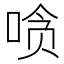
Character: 𰇲